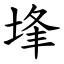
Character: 埄